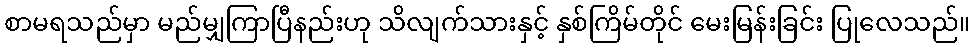
စာမရသည်မှာ မည်မျှကြာပြီနည်းဟု သိလျက်သားနှင့် နှစ်ကြိမ်တိုင် မေးမြန်းခြင်း ပြုလေသည်။